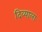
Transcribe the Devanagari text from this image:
दिव्याला